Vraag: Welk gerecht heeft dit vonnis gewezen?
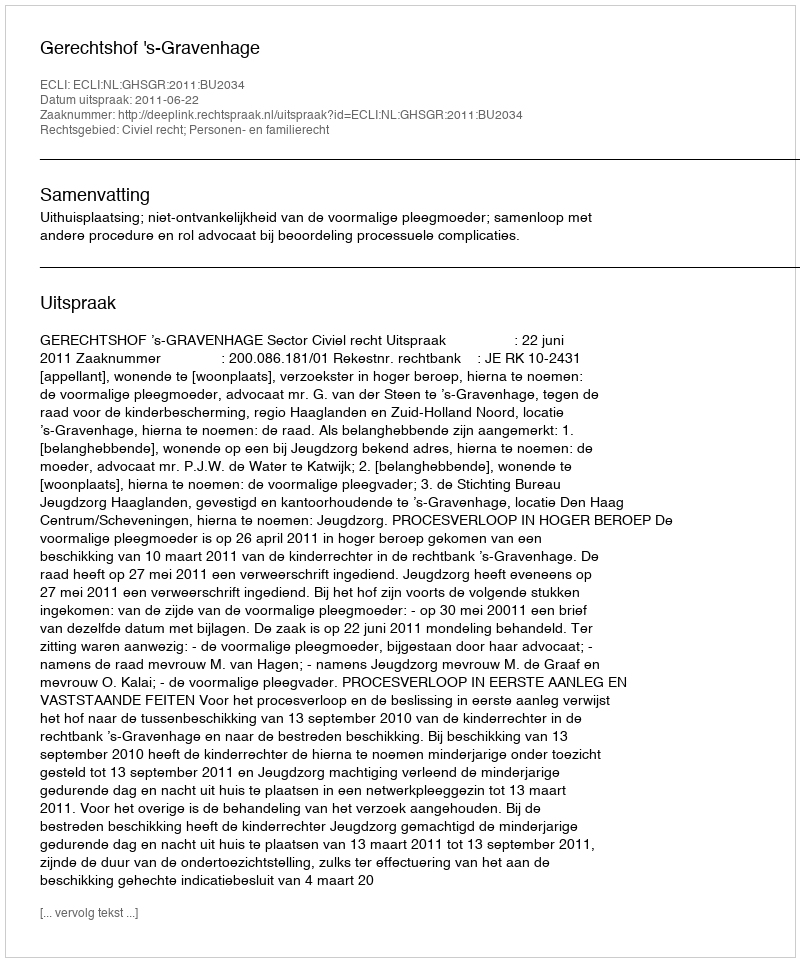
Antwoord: Gerechtshof 's-Gravenhage